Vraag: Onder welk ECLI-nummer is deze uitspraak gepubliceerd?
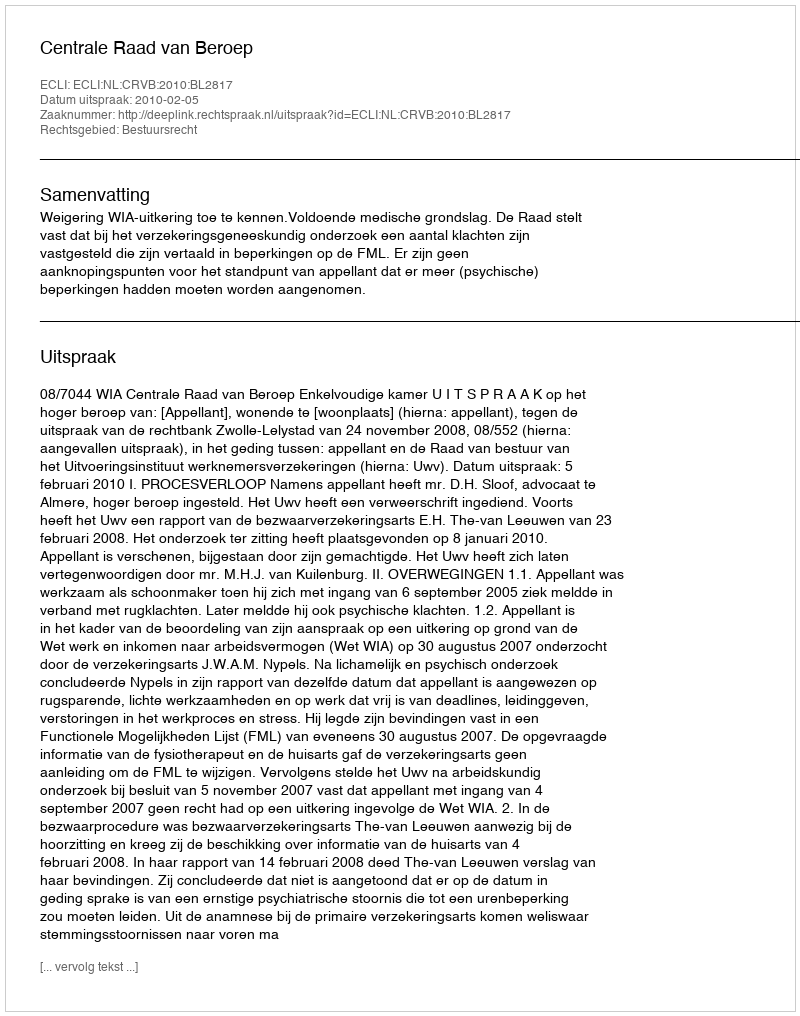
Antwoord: ECLI:NL:CRVB:2010:BL2817